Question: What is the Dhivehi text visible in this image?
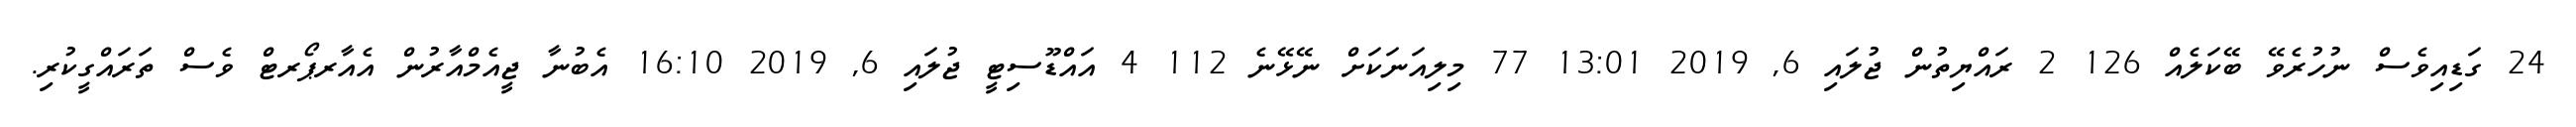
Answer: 24 ގަޑިއިވެސް ނުހުރެވޭ ބޭކަލެއް 126 2 ރައްޔިތުން ޖުލައި 6, 2019 13:01 77 މިލިއަނަކަށް ނޭޅޭނެ 112 4 އައްޑޫސިޓީ ޖުލައި 6, 2019 16:10 އެބުނާ ޖީއެމްއާރުން އެއާރޕޯރޓް ވެސް ތަރައްގީކުރި.